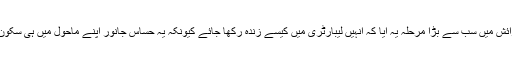
کیچوے کی افزائش میں سب سے بڑا مرحلہ یہ آیا کہ انہیں لیبارٹری میں کیسے زندہ رکھا جائے کیونکہ یہ حساس جانور اپنے ماحول میں ہی سکون سے رہتا ہے۔